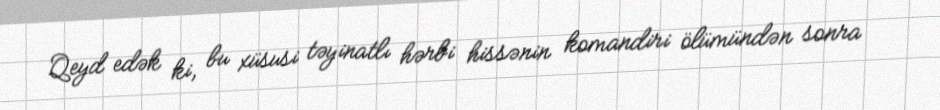
Qeyd edək ki, bu xüsusi təyinatlı hərbi hissənin komandiri ölümündən sonra